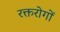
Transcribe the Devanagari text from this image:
रक्तरोगों